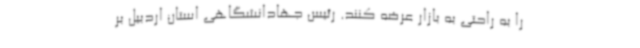
را به راحتی به بازار عرضه کنند. رئیس جهادانشگاهی استان اردبیل بر